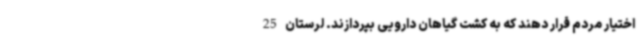
اختیار مردم قرار دهند که به کشت گیاهان دارویی بپردازند. لرستان 25